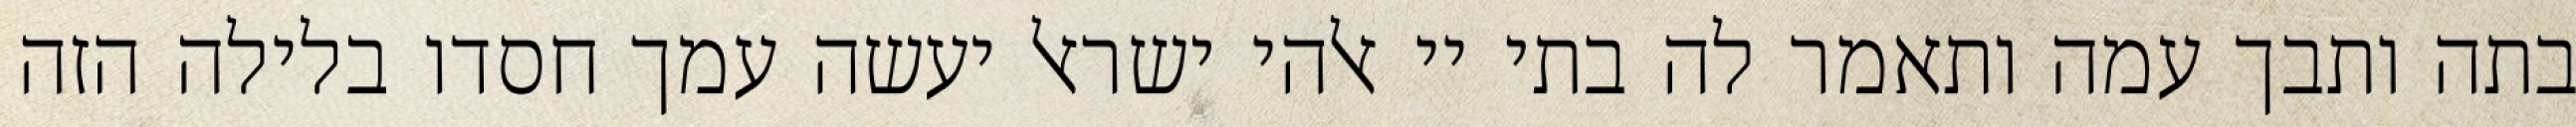
בתה ותבך עמה ותאמר לה בתי יי אלהי ישראל יעשה עמך חסדו בלילה הזה